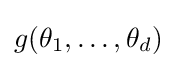
g(\theta _{1},\ldots ,\theta _{d})